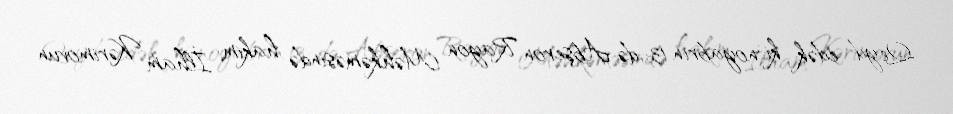
Qeyd edək ki, noyabrın 13-də Abşeron Rayon Məhkəməsində hakim İlham Kərimovun